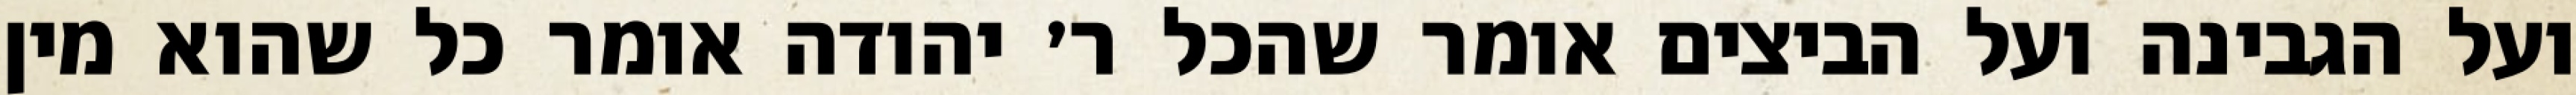
ועל הגבינה ועל הביצים אומר שהכל ר׳ יהודה אומר כל שהוא מין